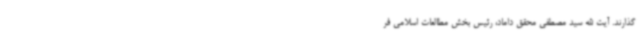
گذارند. آیت الله سید مصطفی محقق داماد، رئیس بخش مطالعات اسلامی فر